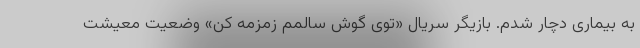
به بیماری دچار شدم. بازیگر سریال «توی گوش سالمم زمزمه کن» وضعیت معیشت